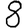
Digit: 8